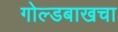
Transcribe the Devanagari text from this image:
गोल्डबाखचा